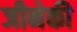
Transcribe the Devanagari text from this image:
जीनेकी